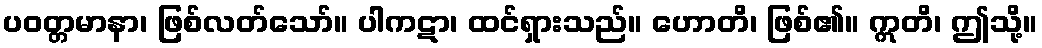
ပဝတ္တမာနာ၊ ဖြစ်လတ်သော်။ ပါကဋာ၊ ထင်ရှားသည်။ ဟောတိ၊ ဖြစ်၏။ ဣတိ၊ ဤသို့။